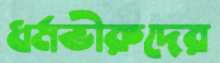
ধর্মভীরুদের